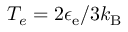
T _ { e } = 2 \epsilon _ { \mathrm { e } } / 3 k _ { \mathrm { B } }